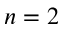
n = 2